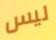
ليس